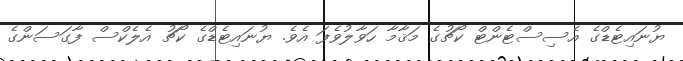
ޔުނައިޓެޑްގެ އެސިސްޓެންޓް ކޯޗުގެ މަޤާމާ ހަވާލުވެފަ އެވެ. ޔުނައިޓެޑްގެ ކޯޗު އެލެކްސް ފާގަސަންގެ